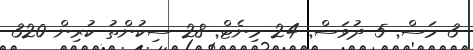
3 މަސް